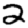
Digit: 2